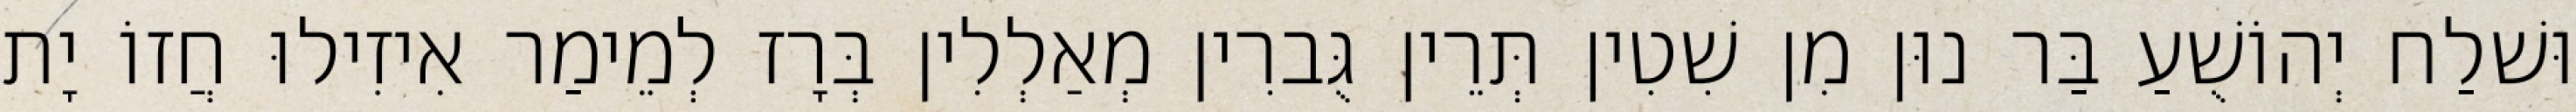
וּשׁלַח יְהוֹשֻׁעַ בַּר נוּן מִן שִׁטִין תְּרֵין גֻּברִין מְאַלְלִין בְּרָז לְמֵימַר אִיזִילוּ חֲזוֹ יָת